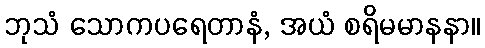
ဘုသံ သောကပရေတာနံ, အယံ စရိမမာနနာ။